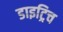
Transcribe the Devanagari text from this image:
डाइट्रिच